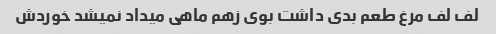
لف لف مرغ طعم بدی داشت بوی زهم ماهی میداد نمیشد خوردش